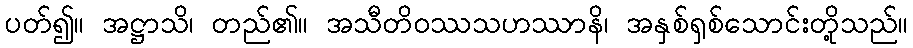
ပတ်၍။ အဋ္ဌာသိ၊ တည်၏။ အသီတိဝဿသဟဿာနိ၊ အနှစ်ရှစ်သောင်းတို့သည်။